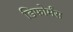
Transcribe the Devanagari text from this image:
डिफोर्मंस